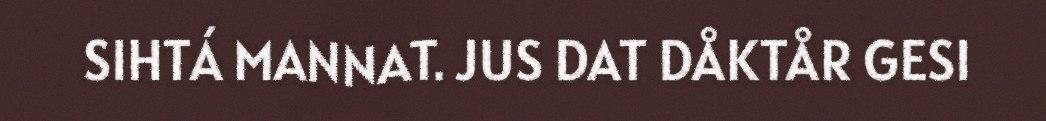
SIHTÁ MANNAT. JUS DAT DÅKTÅR GESI